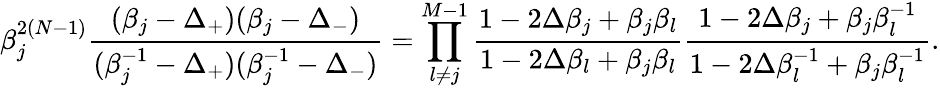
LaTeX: \beta_{j}^{2(N-1)}\frac{(\beta_{j}-\Delta_{+})(\beta_{j}-\Delta_{-})}{(\beta_{j}^{-1}-\Delta_{+})(\beta_{j}^{-1}-\Delta_{-})}=\prod_{l\neq j}^{M-1}\frac{1-2\Delta\beta_{j}+\beta_{j}\beta_{l}}{1-2\Delta\beta_{l}+\beta_{j}\beta_{l}}\frac{1-2\Delta\beta_{j}+\beta_{j}\beta_{l}^{-1}}{1-2\Delta\beta_{l}^{-1}+\beta_{j}\beta_{l}^{-1}}.